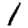
Digit: 1